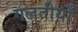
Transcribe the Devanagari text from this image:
गलतीयाँ